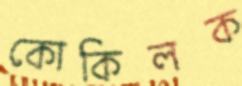
কোকিলক